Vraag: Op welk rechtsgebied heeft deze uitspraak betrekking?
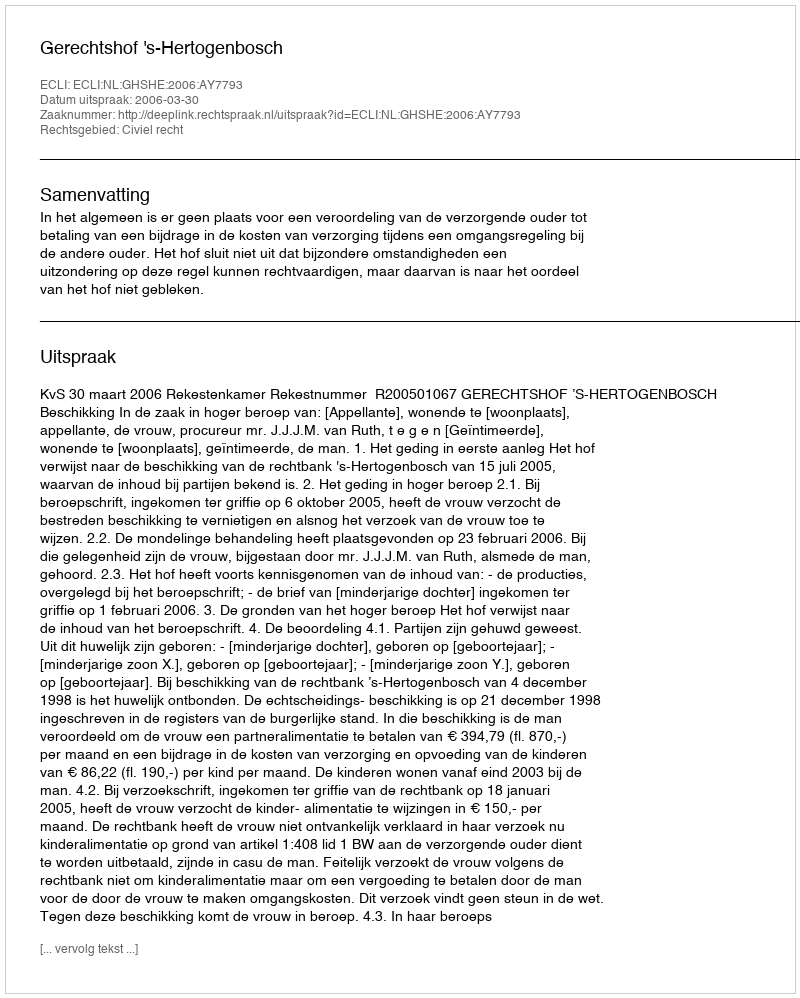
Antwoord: Civiel recht